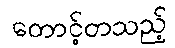
တောင့်တသည့်